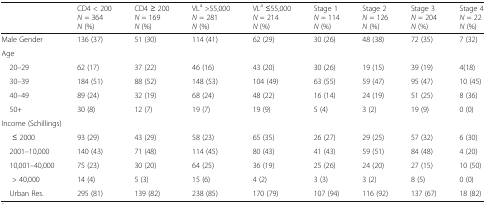
<table><thead><tr><td></td><td><b>CD4 &lt; 200<i>N</i> = 364<i>N</i> (%)</b></td><td><b>CD4 ≥ 200<i>N</i> = 169<i>N</i> (%)</b></td><td><b>VL<sup>a</sup> &gt;55,000<i>N</i> = 281<i>N</i> (%)</b></td><td><b>VL<sup>a</sup> ≤55,000<i>N</i> = 214<i>N</i> (%)</b></td><td><b>Stage 1<i>N</i> = 114<i>N</i> (%)</b></td><td><b>Stage 2<i>N</i> = 126<i>N</i> (%)</b></td><td><b>Stage 3<i>N</i> = 204<i>N</i> (%)</b></td><td><b>Stage 4<i>N</i> = 22<i>N</i> (%)</b></td></tr></thead><tbody><tr><td>Male Gender</td><td>136 (37)</td><td>51 (30)</td><td>114 (41)</td><td>62 (29)</td><td>30 (26)</td><td>48 (38)</td><td>72 (35)</td><td>7 (32)</td></tr><tr><td colspan="9">Age</td></tr><tr><td> 20–29</td><td>62 (17)</td><td>37 (22)</td><td>46 (16)</td><td>43 (20)</td><td>30 (26)</td><td>19 (15)</td><td>39 (19)</td><td>4(18)</td></tr><tr><td> 30–39</td><td>184 (51)</td><td>88 (52)</td><td>148 (53)</td><td>104 (49)</td><td>63 (55)</td><td>59 (47)</td><td>95 (47)</td><td>10 (45)</td></tr><tr><td> 40–49</td><td>89 (24)</td><td>32 (19)</td><td>68 (24)</td><td>48 (22)</td><td>16 (14)</td><td>24 (19)</td><td>51 (25)</td><td>8 (36)</td></tr><tr><td> 50+</td><td>30 (8)</td><td>12 (7)</td><td>19 (7)</td><td>19 (9)</td><td>5 (4)</td><td>3 (2)</td><td>19 (9)</td><td>0 (0)</td></tr><tr><td colspan="9">Income (Schillings)</td></tr><tr><td>≤ 2000</td><td>93 (29)</td><td>43 (29)</td><td>58 (23)</td><td>65 (35)</td><td>26 (27)</td><td>29 (25)</td><td>57 (32)</td><td>6 (30)</td></tr><tr><td> 2001–10,000</td><td>140 (43)</td><td>71 (48)</td><td>114 (45)</td><td>80 (43)</td><td>41 (43)</td><td>59 (51)</td><td>84 (48)</td><td>4 (20)</td></tr><tr><td> 10,001–40,000</td><td>75 (23)</td><td>30 (20)</td><td>64 (25)</td><td>36 (19)</td><td>25 (26)</td><td>24 (20)</td><td>27 (15)</td><td>10 (50)</td></tr><tr><td>&gt; 40,000</td><td>14 (4)</td><td>5 (3)</td><td>15 (6)</td><td>4 (2)</td><td>3 (3)</td><td>3 (2)</td><td>8 (5)</td><td>0 (0)</td></tr><tr><td> Urban Res.</td><td>295 (81)</td><td>139 (82)</td><td>238 (85)</td><td>170 (79)</td><td>107 (94)</td><td>116 (92)</td><td>137 (67)</td><td>18 (82)</td></tr></tbody></table>